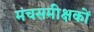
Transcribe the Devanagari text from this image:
मंचसमीक्षकों